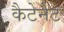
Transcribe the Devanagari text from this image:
कैटेनेट